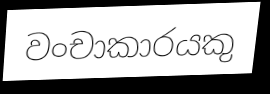
වංචාකාරයකු